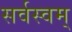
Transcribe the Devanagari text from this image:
सर्वस्वम्